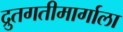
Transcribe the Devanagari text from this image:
द्रुतगतीमार्गाला